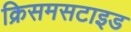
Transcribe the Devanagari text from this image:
क्रिसमसटाइड